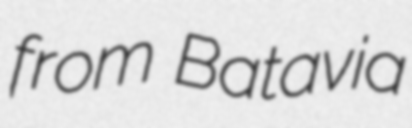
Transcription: from Batavia